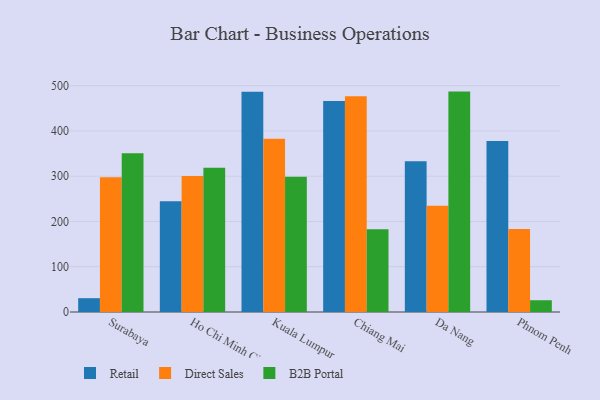
{"axis": {"x": "City", "y": "Revenue (USD Million)"}, "legend": ["B2B Portal", "Direct Sales", "Retail"], "data": [{"x": "Surabaya", "y": 30.5, "type": "Retail"}, {"x": "Surabaya", "y": 297.9, "type": "Direct Sales"}, {"x": "Surabaya", "y": 350.5, "type": "B2B Portal"}, {"x": "Ho Chi Minh City", "y": 244.5, "type": "Retail"}, {"x": "Ho Chi Minh City", "y": 300.4, "type": "Direct Sales"}, {"x": "Ho Chi Minh City", "y": 318.8, "type": "B2B Portal"}, {"x": "Kuala Lumpur", "y": 486.8, "type": "Retail"}, {"x": "Kuala Lumpur", "y": 383.0, "type": "Direct Sales"}, {"x": "Kuala Lumpur", "y": 299.0, "type": "B2B Portal"}, {"x": "Chiang Mai", "y": 466.2, "type": "Retail"}, {"x": "Chiang Mai", "y": 476.8, "type": "Direct Sales"}, {"x": "Chiang Mai", "y": 182.6, "type": "B2B Portal"}, {"x": "Da Nang", "y": 333.3, "type": "Retail"}, {"x": "Da Nang", "y": 234.5, "type": "Direct Sales"}, {"x": "Da Nang", "y": 486.9, "type": "B2B Portal"}, {"x": "Phnom Penh", "y": 377.6, "type": "Retail"}, {"x": "Phnom Penh", "y": 183.1, "type": "Direct Sales"}, {"x": "Phnom Penh", "y": 26.0, "type": "B2B Portal"}]}